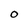
Character: O